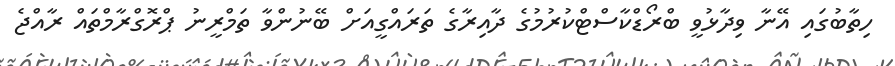
ހިތާބުގައި އޭނާ ވިދާޅުވީ ބްރޯޑްކާސްޓްކުރުމުގެ ދާއިރާގެ ތަރައްގީއަށް ބޭނުންވާ ތަމްރީނު ޕްރޮގްރާމްތައް ރާއްޖެ